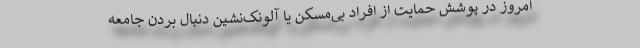
امروز در پوشش حمایت از افراد بی‌مسکن یا آلونک‌نشین دنبال بردن جامعه